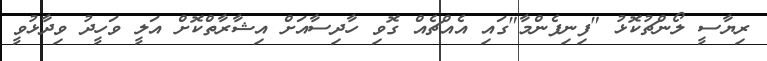
ރިޔާސީ ލޯންޗުކޮޅު "ފިނިފެންމާ"ގައި އެއްޗެއް ގޮވި ހާދިސާއަށް އިޝާރާތްކޮށް އަލީ ވަހީދު ވިދާޅުވީ